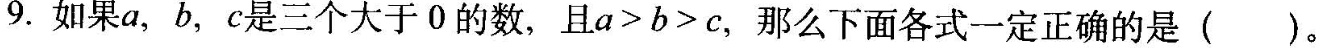
9. 如果a，b，c是三个大于0的数，且$$a > b > c$$，那么下面各式一定正确的是()。